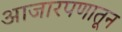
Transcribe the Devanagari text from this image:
आजारपणातून